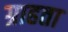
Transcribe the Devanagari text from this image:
ग्राहता